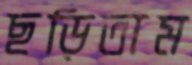
ছড়িতাম